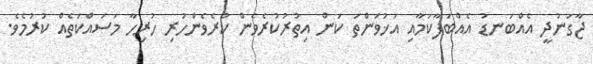
ޖާގަނުދީ އެއްބަނޑު އެއްބަފާކަމާއި އަޚުވަންތަ ކަން އިތުރުކުރެވެން ކުރެވެންހުރި ހުރިހާ މަސައްކަތެއް ކުރުމެވެ.